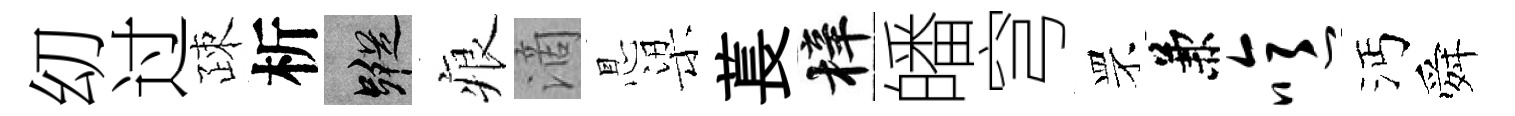
㓜过疎析蹤痕滴㤙梁萇梓皤穹罘兼噫沔舜